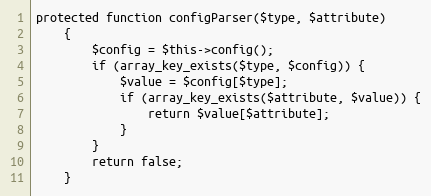
Language: PHP
protected function configParser($type, $attribute)
    {
        $config = $this->config();
        if (array_key_exists($type, $config)) {
            $value = $config[$type];
            if (array_key_exists($attribute, $value)) {
                return $value[$attribute];
            }
        }
        return false;
    }